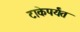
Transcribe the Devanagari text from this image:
टाकेपर्यंत